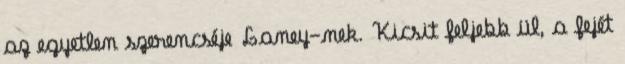
az egyetlen szerencséje Laney-nek. Kicsit feljebb ül, a fejét